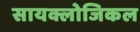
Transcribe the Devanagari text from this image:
सायक्लोजिकल